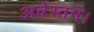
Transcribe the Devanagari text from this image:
अवेस्तन।